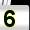
Digit: 5